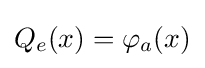
Q_{e}(x)=\varphi _{a}(x)